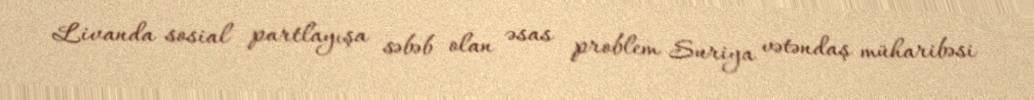
Livanda sosial partlayışa səbəb olan əsas problem Suriya vətəndaş müharibəsi